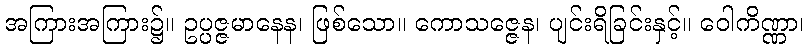
အကြားအကြား၌။ ဥပ္ပဇ္ဇမာနေန၊ ဖြစ်သော။ ကောသဇ္ဇေန၊ ပျင်းရိခြင်းနှင့်။ ဝေါကိဏ္ဏာ၊